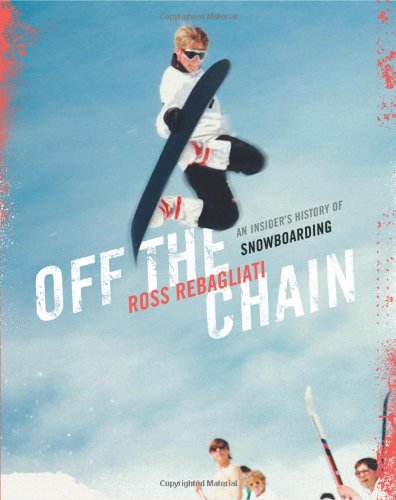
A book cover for Off the Chain: An Insider's History of Snowboarding; Ross Rebagliati; Sports & Outdoors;